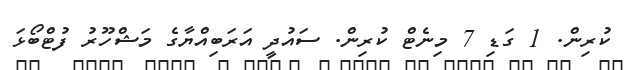
ކުރިން. 1 ގަޑި 7 މިނެޓް ކުރިން. ސައުދީ އަރަބިއްޔާގެ މަޝްހޫރު ފުޓްބޯޅަ